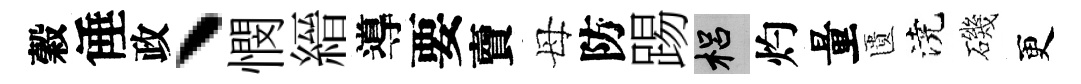
穀倕政丶憫縉導要𧶠母防踢梠灼量匱澆磯更